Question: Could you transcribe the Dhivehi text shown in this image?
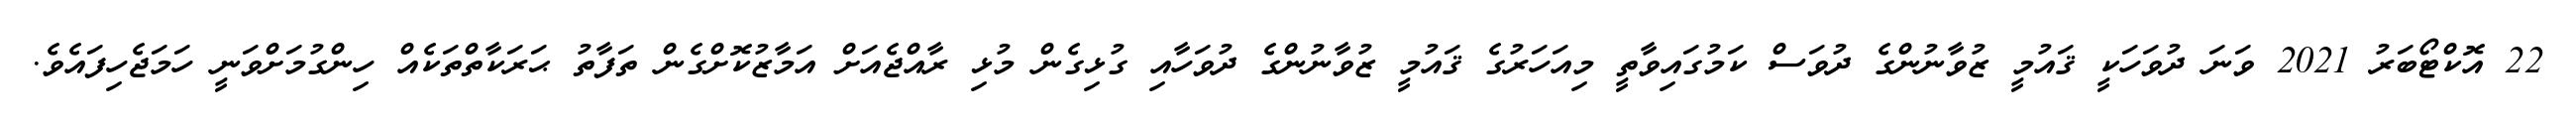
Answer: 22 އޮކްޓޯބަރު 2021 ވަނަ ދުވަހަކީ ޤައުމީ ޒުވާނުންގެ ދުވަސް ކަމުގައިވާތީ މިއަހަރުގެ ޤައުމީ ޒުވާނުންގެ ދުވަހާއި ގުޅިގެން މުޅި ރާއްޖެއަށް އަމާޒުކޮށްގެން ތަފާތު ޙަރަކާތްތަކެއް ހިންގުމަށްވަނީ ހަމަޖެހިފައެވެ.